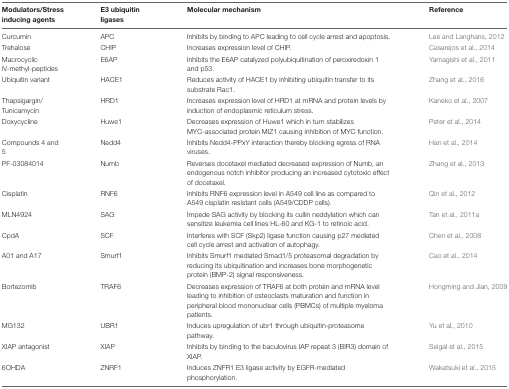
<table><thead><tr><td><b>Modulators/Stress inducing agents</b></td><td><b>E3 ubiquitin ligases</b></td><td><b>Molecular mechanism</b></td><td><b>Reference</b></td></tr></thead><tbody><tr><td>Curcumin</td><td>APC</td><td>Inhibits by binding to APC leading to cell cycle arrest and apoptosis.</td><td>Lee and Langhans, 2012</td></tr><tr><td>Trehalose</td><td>CHIP</td><td>Increases expression level of CHIP.</td><td>Casarejos et al., 2014</td></tr><tr><td>Macrocyclic <i>N</i>-methyl-peptides</td><td>E6AP</td><td>Inhibits the E6AP catalyzed polyubiquitination of peroxiredoxin 1 and p53.</td><td>Yamagishi et al., 2011</td></tr><tr><td>Ubiquitin variant</td><td>HACE1</td><td>Reduces activity of HACE1 by inhibiting ubiquitin transfer to its substrate Rac1.</td><td>Zhang et al., 2016</td></tr><tr><td>Thapsigargin/Tunicamycin</td><td>HRD1</td><td>Increases expression level of HRD1 at mRNA and protein levels by induction of endoplasmic reticulum stress.</td><td>Kaneko et al., 2007</td></tr><tr><td>Doxycycline</td><td>Huwe1</td><td>Decreases expression of Huwe1 which in turn stabilizes MYC-associated protein MIZ1 causing inhibition of MYC function.</td><td>Peter et al., 2014</td></tr><tr><td>Compounds 4 and 5</td><td>Nedd4</td><td>Inhibits Nedd4-PPxY interaction thereby blocking egress of RNA viruses.</td><td>Han et al., 2014</td></tr><tr><td>PF-03084014</td><td>Numb</td><td>Reverses docetaxel mediated decreased expression of Numb, an endogenous notch inhibitor producing an increased cytotoxic effect of docetaxel.</td><td>Zhang et al., 2013</td></tr><tr><td>Cisplatin</td><td>RNF6</td><td>Inhibits RNF6 expression level in A549 cell line as compared to A549 cisplatin resistant cells (A549/CDDP cells).</td><td>Qin et al., 2012</td></tr><tr><td>MLN4924</td><td>SAG</td><td>Impede SAG activity by blocking its cullin neddylation which can sensitize leukemia cell lines HL-60 and KG-1 to retinoic acid.</td><td>Tan et al., 2011a</td></tr><tr><td>CpdA</td><td>SCF</td><td>Interferes with SCF (Skp2) ligase function causing p27 mediated cell cycle arrest and activation of autophagy.</td><td>Chen et al., 2008</td></tr><tr><td>A01 and A17</td><td>Smurf1</td><td>Inhibits Smurf1 mediated Smad1/5 proteasomal degradation by reducing its ubiquitination and increases bone morphogenetic protein (BMP-2) signal responsiveness.</td><td>Cao et al., 2014</td></tr><tr><td>Bortezomib</td><td>TRAF6</td><td>Decreases expression of TRAF6 at both protein and mRNA level leading to inhibition of osteoclasts maturation and function in peripheral blood mononuclear cells (PBMCs) of multiple myeloma patients.</td><td>Hongming and Jian, 2009</td></tr><tr><td>MG132</td><td>UBR1</td><td>Induces upregulation of ubr1 through ubiquitin-proteasome pathway.</td><td>Yu et al., 2010</td></tr><tr><td>XIAP antagonist</td><td>XIAP</td><td>Inhibits by binding to the baculovirus IAP repeat 3 (BIR3) domain of XIAP.</td><td>Seigal et al., 2015</td></tr><tr><td>6OHDA</td><td>ZNRF1</td><td>Induces ZNFR1 E3 ligase activity by EGFR-mediated phosphorylation.</td><td>Wakatsuki et al., 2015</td></tr></tbody></table>